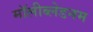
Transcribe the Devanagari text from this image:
मॉलीब्लेडनम